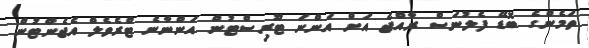
ތަމެންގެ ބޮޑޭ ފެލުނަސް ރާއްޖެ އަށް އަންނަ ޓޫރިސްޓުން އަންނާނެ ޓްރެވެލް އެޖެންޓުން